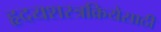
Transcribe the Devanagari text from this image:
हृदयशस्त्रक्रियेसाठी